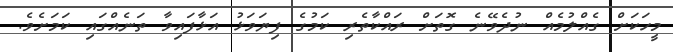
މީހަކަށް ގެއްލުމެއް ނުދެވޭނެ ގޮތަށް ރައްކާތެރި ކަމުގެ ފިޔަވަޅު އަޅާފައިވާ ތަނެއްގައި ކަމަށެވެ.